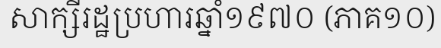
សាក្សីរដ្ឋប្រហារឆ្នាំ១៩៧០ (ភាគ១០)